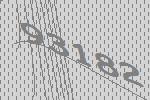
93182